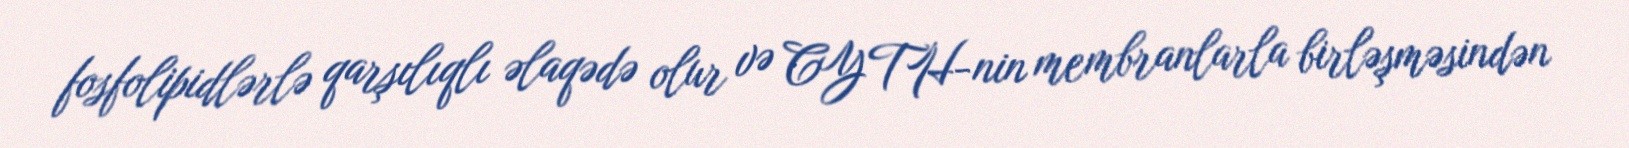
fosfolipidlərlə qarşılıqlı əlaqədə olur və CYTH-nin membranlarla birləşməsindən